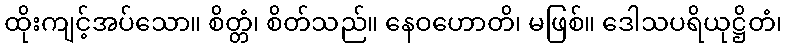
ထိုးကျင့်အပ်သော။ စိတ္တံ၊ စိတ်သည်။ နေဝဟောတိ၊ မဖြစ်။ ဒေါသပရိယုဋ္ဌိတံ၊